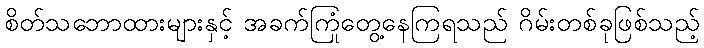
စိတ်သဘောထားများနှင့် အခက်ကြုံတွေ့နေကြရသည် ဂိမ်းတစ်ခုဖြစ်သည့်